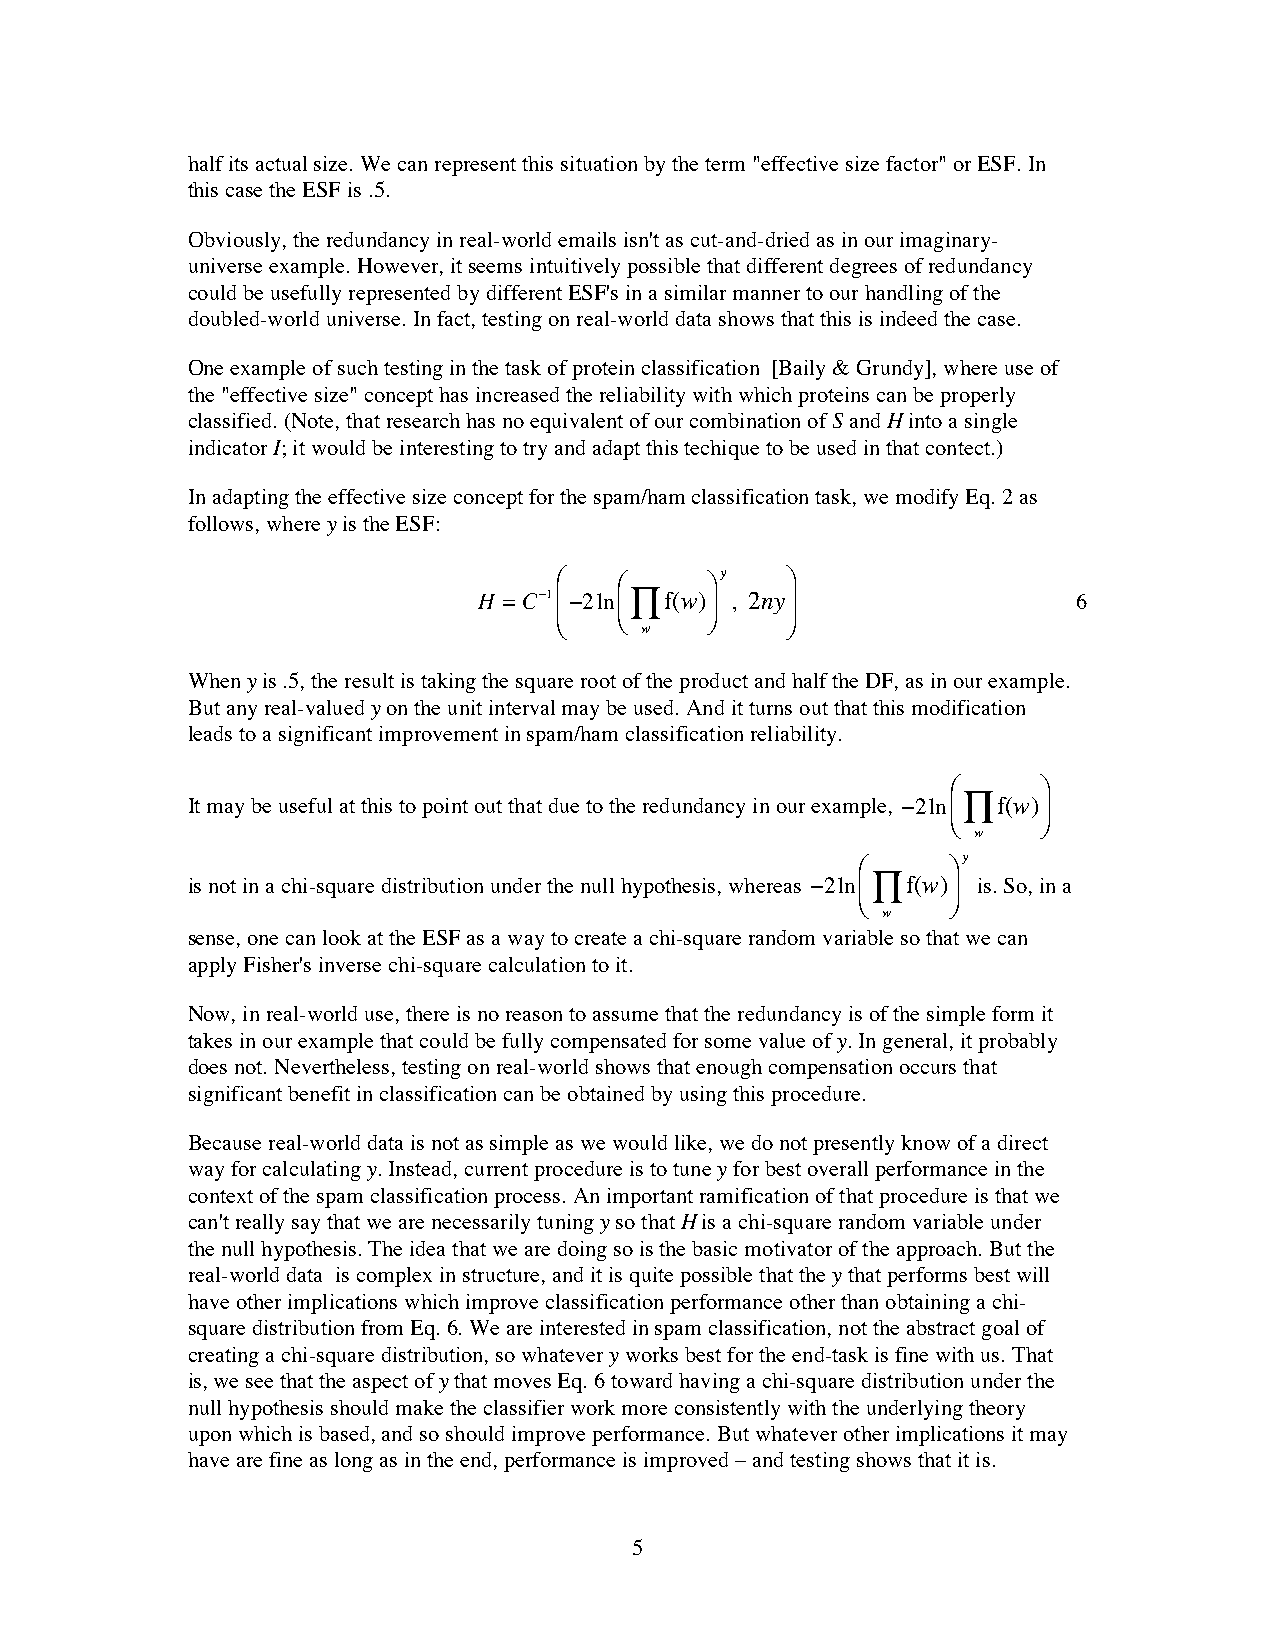
half its actual size. We can represent this situation by the term "effective size factor" or ESF. In
 this case the ESF is .5.
 Obviously, the redundancy in real-world emails isn't as cut-and-dried as in our imaginary-
 universe example. However, it seems intuitively possible that different degrees of redundancy
 could be usefully represented by different ESF's in a similar manner to our handling of the
 doubled-world universe. In fact, testing on real-world data shows that this is indeed the case.
 One example of such testing in the task of protein classification [Baily & Grundy], where use of
 the "effective size" concept has increased the reliability with which proteins can be properly
 classified. (Note, that research has no equivalent of our combination of S and H into a single
 indicator I; it would be interesting to try and adapt this techique to be used in that contect.)
 In adapting the effective size concept for the spam/ham classification task, we modify Eq. 2 as
 follows, where y is the ESF:
 #   #     &y   &
 H =C!1 %!2ln %"f(w) ( , 2ny (          6
 $   $     ’    ’
 w
 When y is .5, the result is taking the square root of the product and half the DF, as in our example.
 But any real-valued y on the unit interval may be used. And it turns out that this modification
 leads to a significant improvement in spam/ham classification reliability.
 #     &
 It may be useful at this to point out that due to the redundancy in our example, !2ln "f(w)
 %     (
 $     ’
 w
 y
 #     &
 is not in a chi-square distribution under the null hypothesis, whereas !2ln "f(w) is. So, in a
 %     (
 $     ’
 w
 sense, one can look at the ESF as a way to create a chi-square random variable so that we can
 apply Fisher's inverse chi-square calculation to it.
 Now, in real-world use, there is no reason to assume that the redundancy is of the simple form it
 takes in our example that could be fully compensated for some value of y. In general, it probably
 does not. Nevertheless, testing on real-world shows that enough compensation occurs that
 significant benefit in classification can be obtained by using this procedure.
 Because real-world data is not as simple as we would like, we do not presently know of a direct
 way for calculating y. Instead, current procedure is to tune y for best overall performance in the
 context of the spam classification process. An important ramification of that procedure is that we
 can't really say that we are necessarily tuning y so that H is a chi-square random variable under
 the null hypothesis. The idea that we are doing so is the basic motivator of the approach. But the
 real-world data is complex in structure, and it is quite possible that the y that performs best will
 have other implications which improve classification performance other than obtaining a chi-
 square distribution from Eq. 6. We are interested in spam classification, not the abstract goal of
 creating a chi-square distribution, so whatever y works best for the end-task is fine with us. That
 is, we see that the aspect of y that moves Eq. 6 toward having a chi-square distribution under the
 null hypothesis should make the classifier work more consistently with the underlying theory
 upon which is based, and so should improve performance. But whatever other implications it may
 have are fine as long as in the end, performance is improved – and testing shows that it is.
 5